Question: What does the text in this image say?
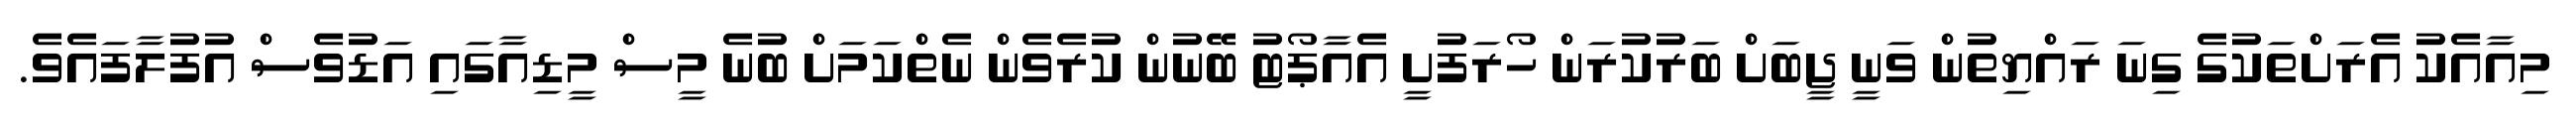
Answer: މިއާއެކު އެރަށްތަކުގެ ގިނަ ރައްޔިތުން ވަނީ ޖީބަށް ބަރުކުރަން ހޯރަފުށީ އެއާޕޯޓު ބޭނުން ކުރެވެން ނެތްކަމަށް ބުނެ މީސް މީޑިއާގައި އަޑުވެސް އުފުލާފައެވެ.